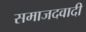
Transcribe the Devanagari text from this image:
समाजदवादी